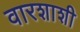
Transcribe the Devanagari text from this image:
वारशाशी